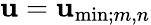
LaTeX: \mathbf{u}=\mathbf{u}_{\mathrm{{min}};m,n}